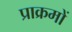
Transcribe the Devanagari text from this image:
प्राक्रमों